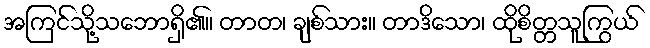
အကြင်သို့သဘောရှိ၏။ တာတ၊ ချစ်သား။ တာဒိသော၊ ထိုစိတ္တသူကြွယ်